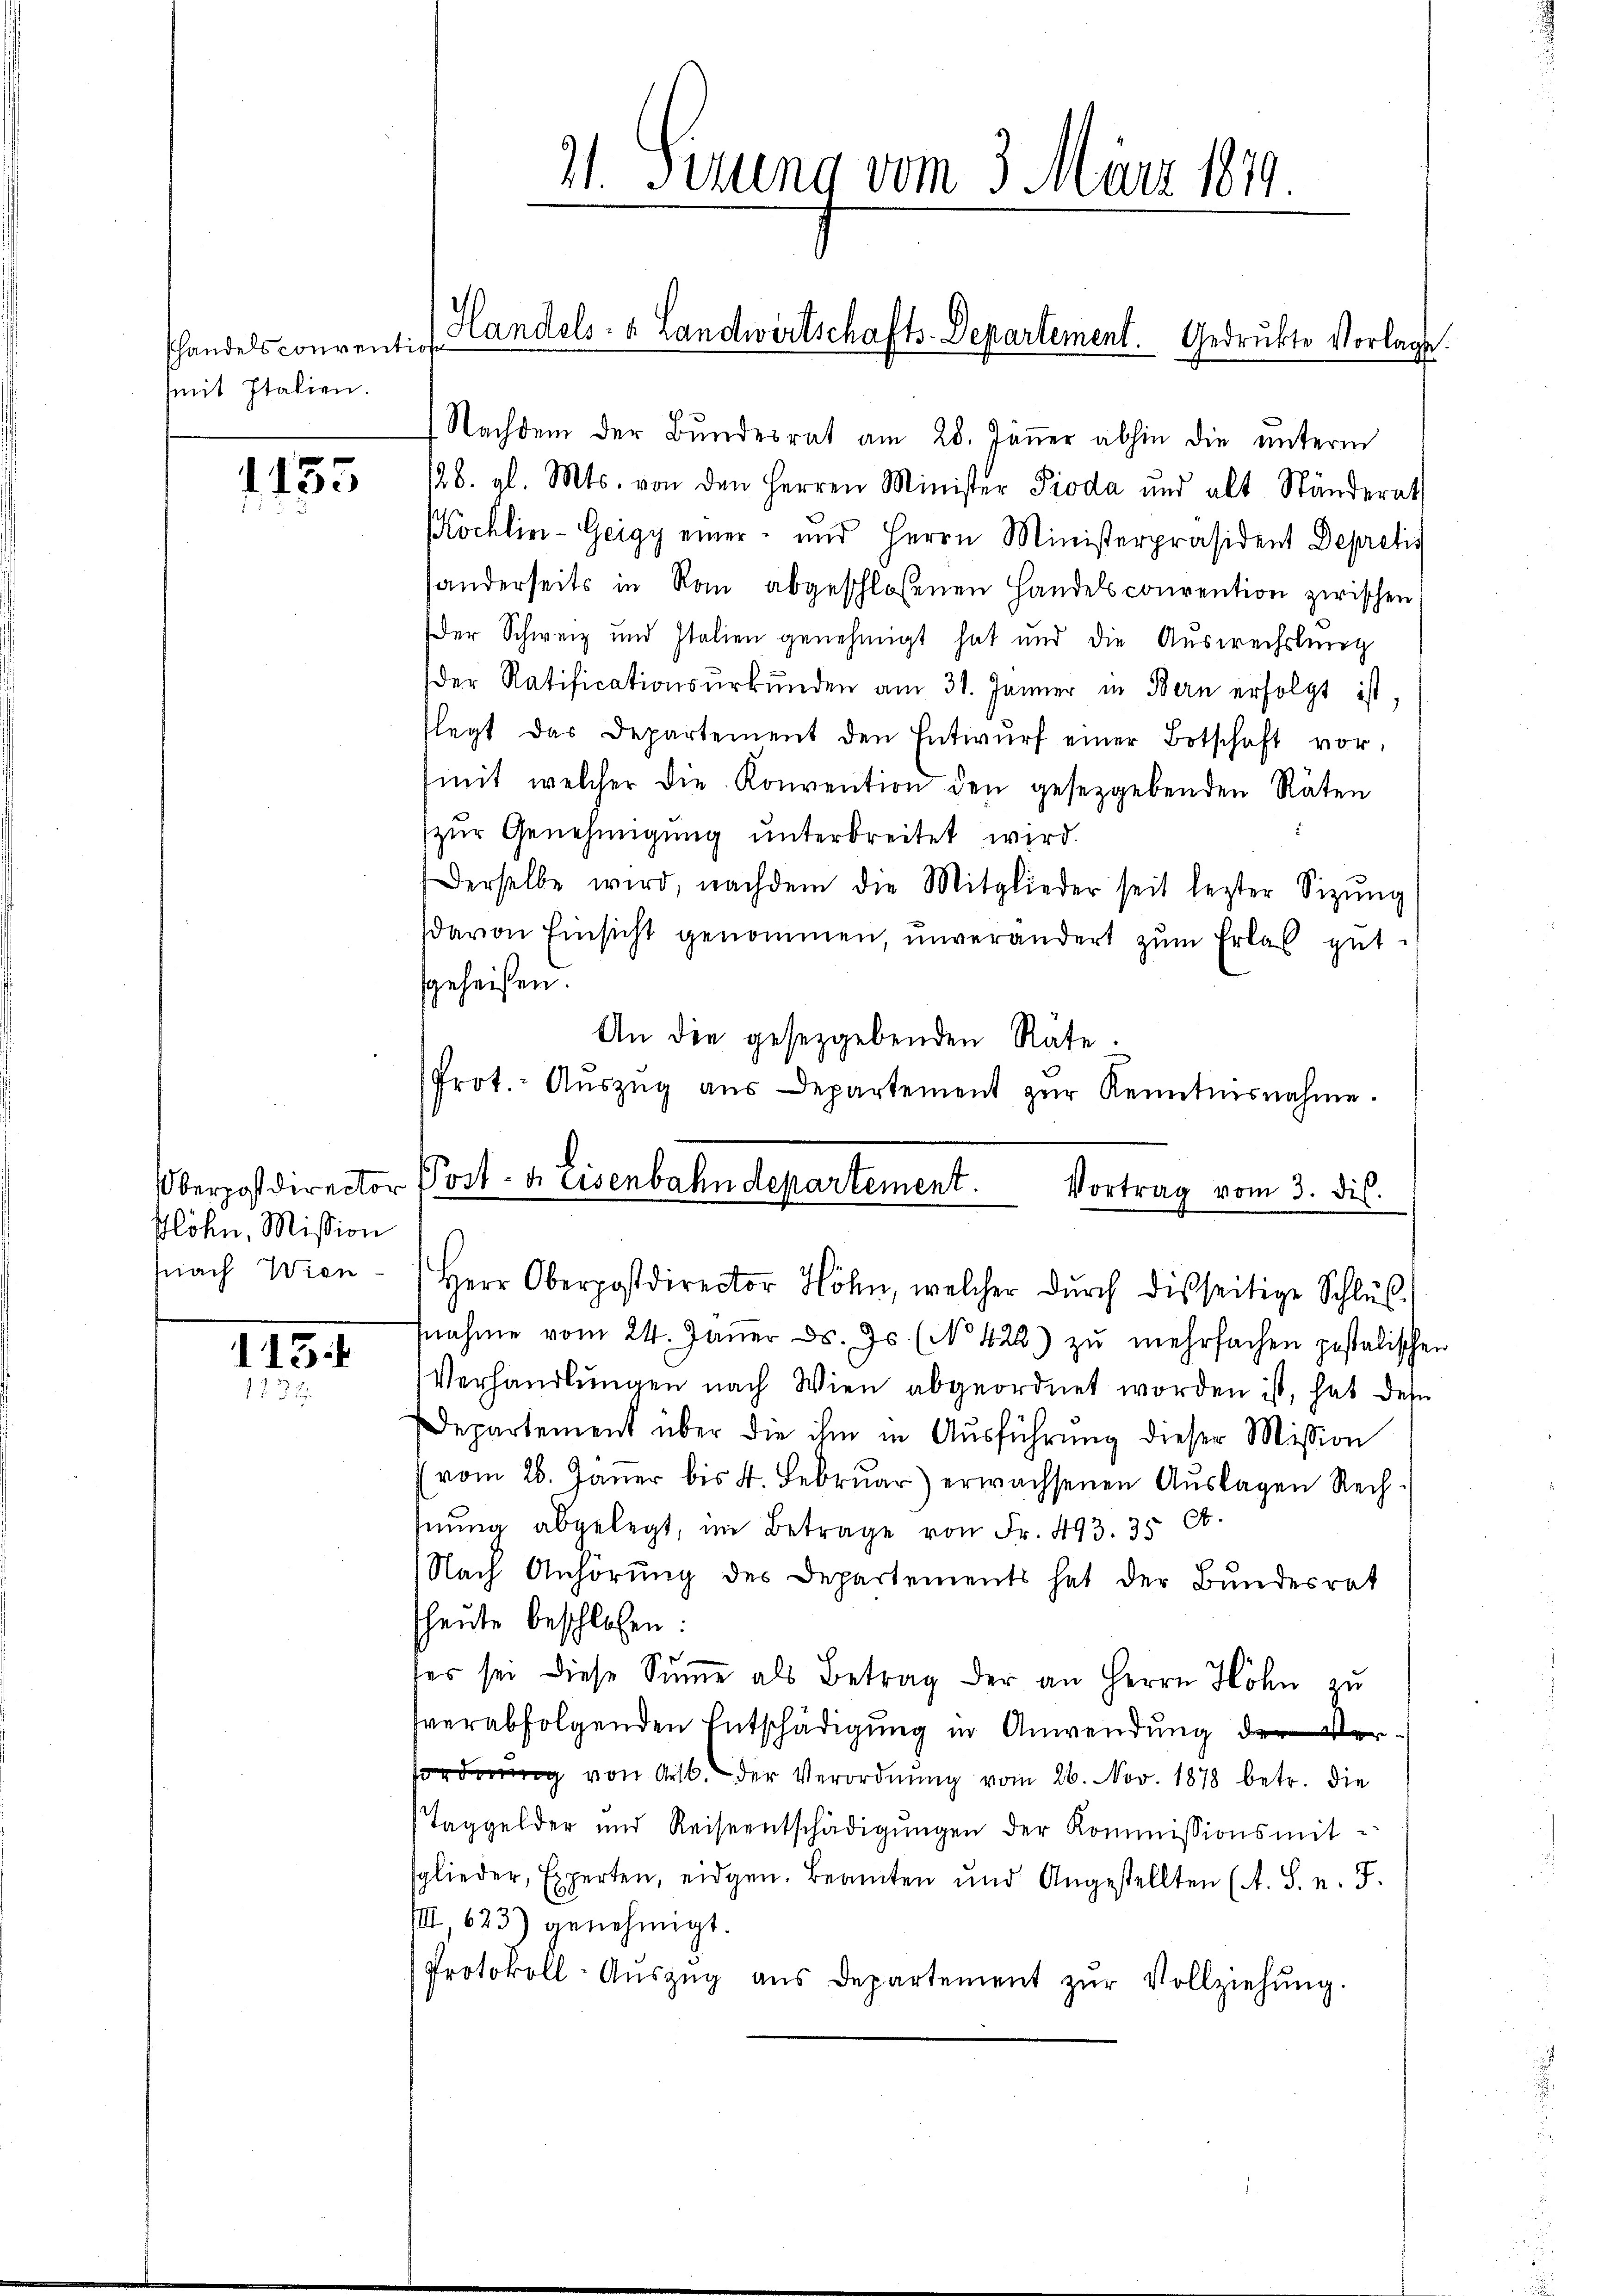
shandelsconventio
mit Italien.

1.155

Glöhn, Mission

115.
113

31. Serung vom 3. März 1879.

Nachdem der Bundesrat am 28. Jänner abhin die unterm
128. gl. Mts. von den Herren Minister Pioda und alt Ständerat
Köchlin-Geigy einer und Herrn Ministerpräsident Depretis
handerseits in Rau abgeschloßenen Handelsconvention zwischen
Der Schweiz und Italien genehmigt hat und die Auswechslung
der Ratificationsŭrkŭnden am 31. Jänner in Bern erfolgt ist.
flegt das Departement den Entwŭrf einer Botschaft vor-
mit, welcher die Konvention den gesetzgebenden Räten
zŭr Genehmigŭng ŭnterbreitet wird.
Derselbe wird, nachdem die Mitglieder seit lezter Sitzŭng
(davon Einsicht genommen, unverändert zŭm Erlas gut.
sgeheißen.
An die gesetzgebenden Räte.
Prot. Aŭszŭg aŭs Departement zŭr Kenntnisnahme.
Überpostdirector Post- & Eisenbahndepartement. Vortrag vom 3. dis.

Handels- & Landwirtschafts-Departement. Gedruckte Vorlage

snach Wien - Herr Oberpostdirector Höhn, welcher dŭrch disseitige Schlŭβ-
fnahme vom 24. Jäṅer d. Js. (No 422.) zu mehrfachen pestalischen
Verhandlungen nach Wien abgeordnet worden ist, hat des
Departement über die ihm in Aŭsführung dieser Mission
vom 26. Janer bis 4. Februar) erwachsenen Auslagen Rechnŭng abgelegt, im Betrage von Fr. 493. 35 Ct.
Nach Anhörung des Departements hat der Bundesrat
heute beschlossen:
ser sei diese Sŭṁe als Betrag der an Herrn Höhn zu
fverabfolgenden Entschädigung in Anwendung der Verforderung von Art. der Verordnung vom 26. Nov. 1878 betr. die
Taggelder und Reiseentschädigŭngen der Kommissionsmit-
sglieder, Experten, eidgen. Beamten und Angestellten (A. S. n. F.
VIII, 623) genehmigt.
Protokoll-Aŭszŭg aŭs departement zŭr Vollziehŭng.